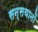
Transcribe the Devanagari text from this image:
सन्सथानों